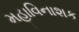
મહાવિનાશક